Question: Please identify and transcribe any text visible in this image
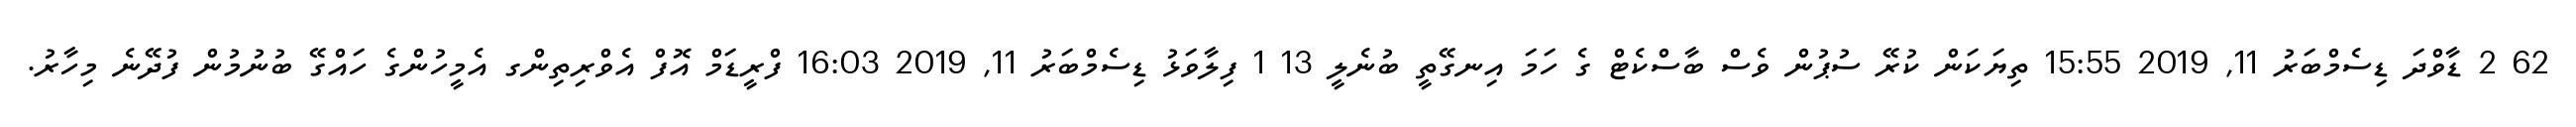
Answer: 62 2 ޑާވްދަ ޑިސެމްބަރު 11, 2019 15:55 ތިޔަކަން ކުރޭ ސުޕުން ވެސް ބާސްކެޓް ގެ ހަމަ އިނގޭތީ ބުނެލީ 13 1 ފިލާވަޅު ޑިސެމްބަރު 11, 2019 16:03 ފްރީޑަމް އޮފް އެވްރިތިންގ އެމީހުންގެ ހައްގޭ ބުނުމުން ފުދޭނެ މިހާރު.